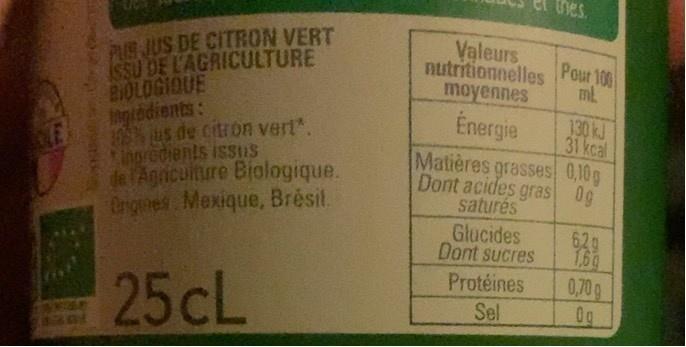
thes.
PUS JUS DE CITRON VERT iSSU DE L'AGRICULTURE BIOLOGIOUE Ingiodients: 1 s de citron vert". ngredients isSus de Agriculture Biologique. Origines Mexique, Brésit.
Valeurs nutritionnelles mL
Pour 100
moyennes
Energie
30 kJ 31 kcal
Matières grasses 0,10g Dont acides gras 0g saturés Glucides Dont sucres Protéines Sel
629 1.69 0,70g 0g
25CL